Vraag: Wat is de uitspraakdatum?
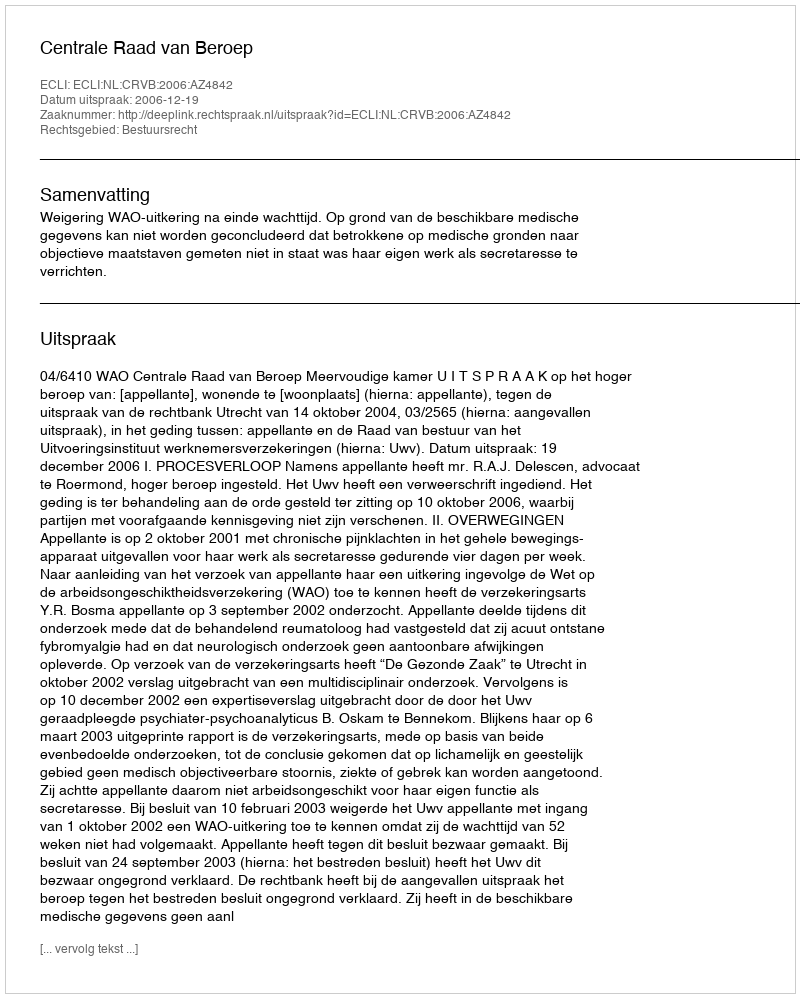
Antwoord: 2006-12-19